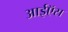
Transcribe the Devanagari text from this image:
आईऍस